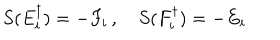
LaTeX: S ( E _ { i } ^ { \dagger } ) = - F _ { i } \, , ~ S ( F _ { i } ^ { \dagger } ) = - E _ { i }